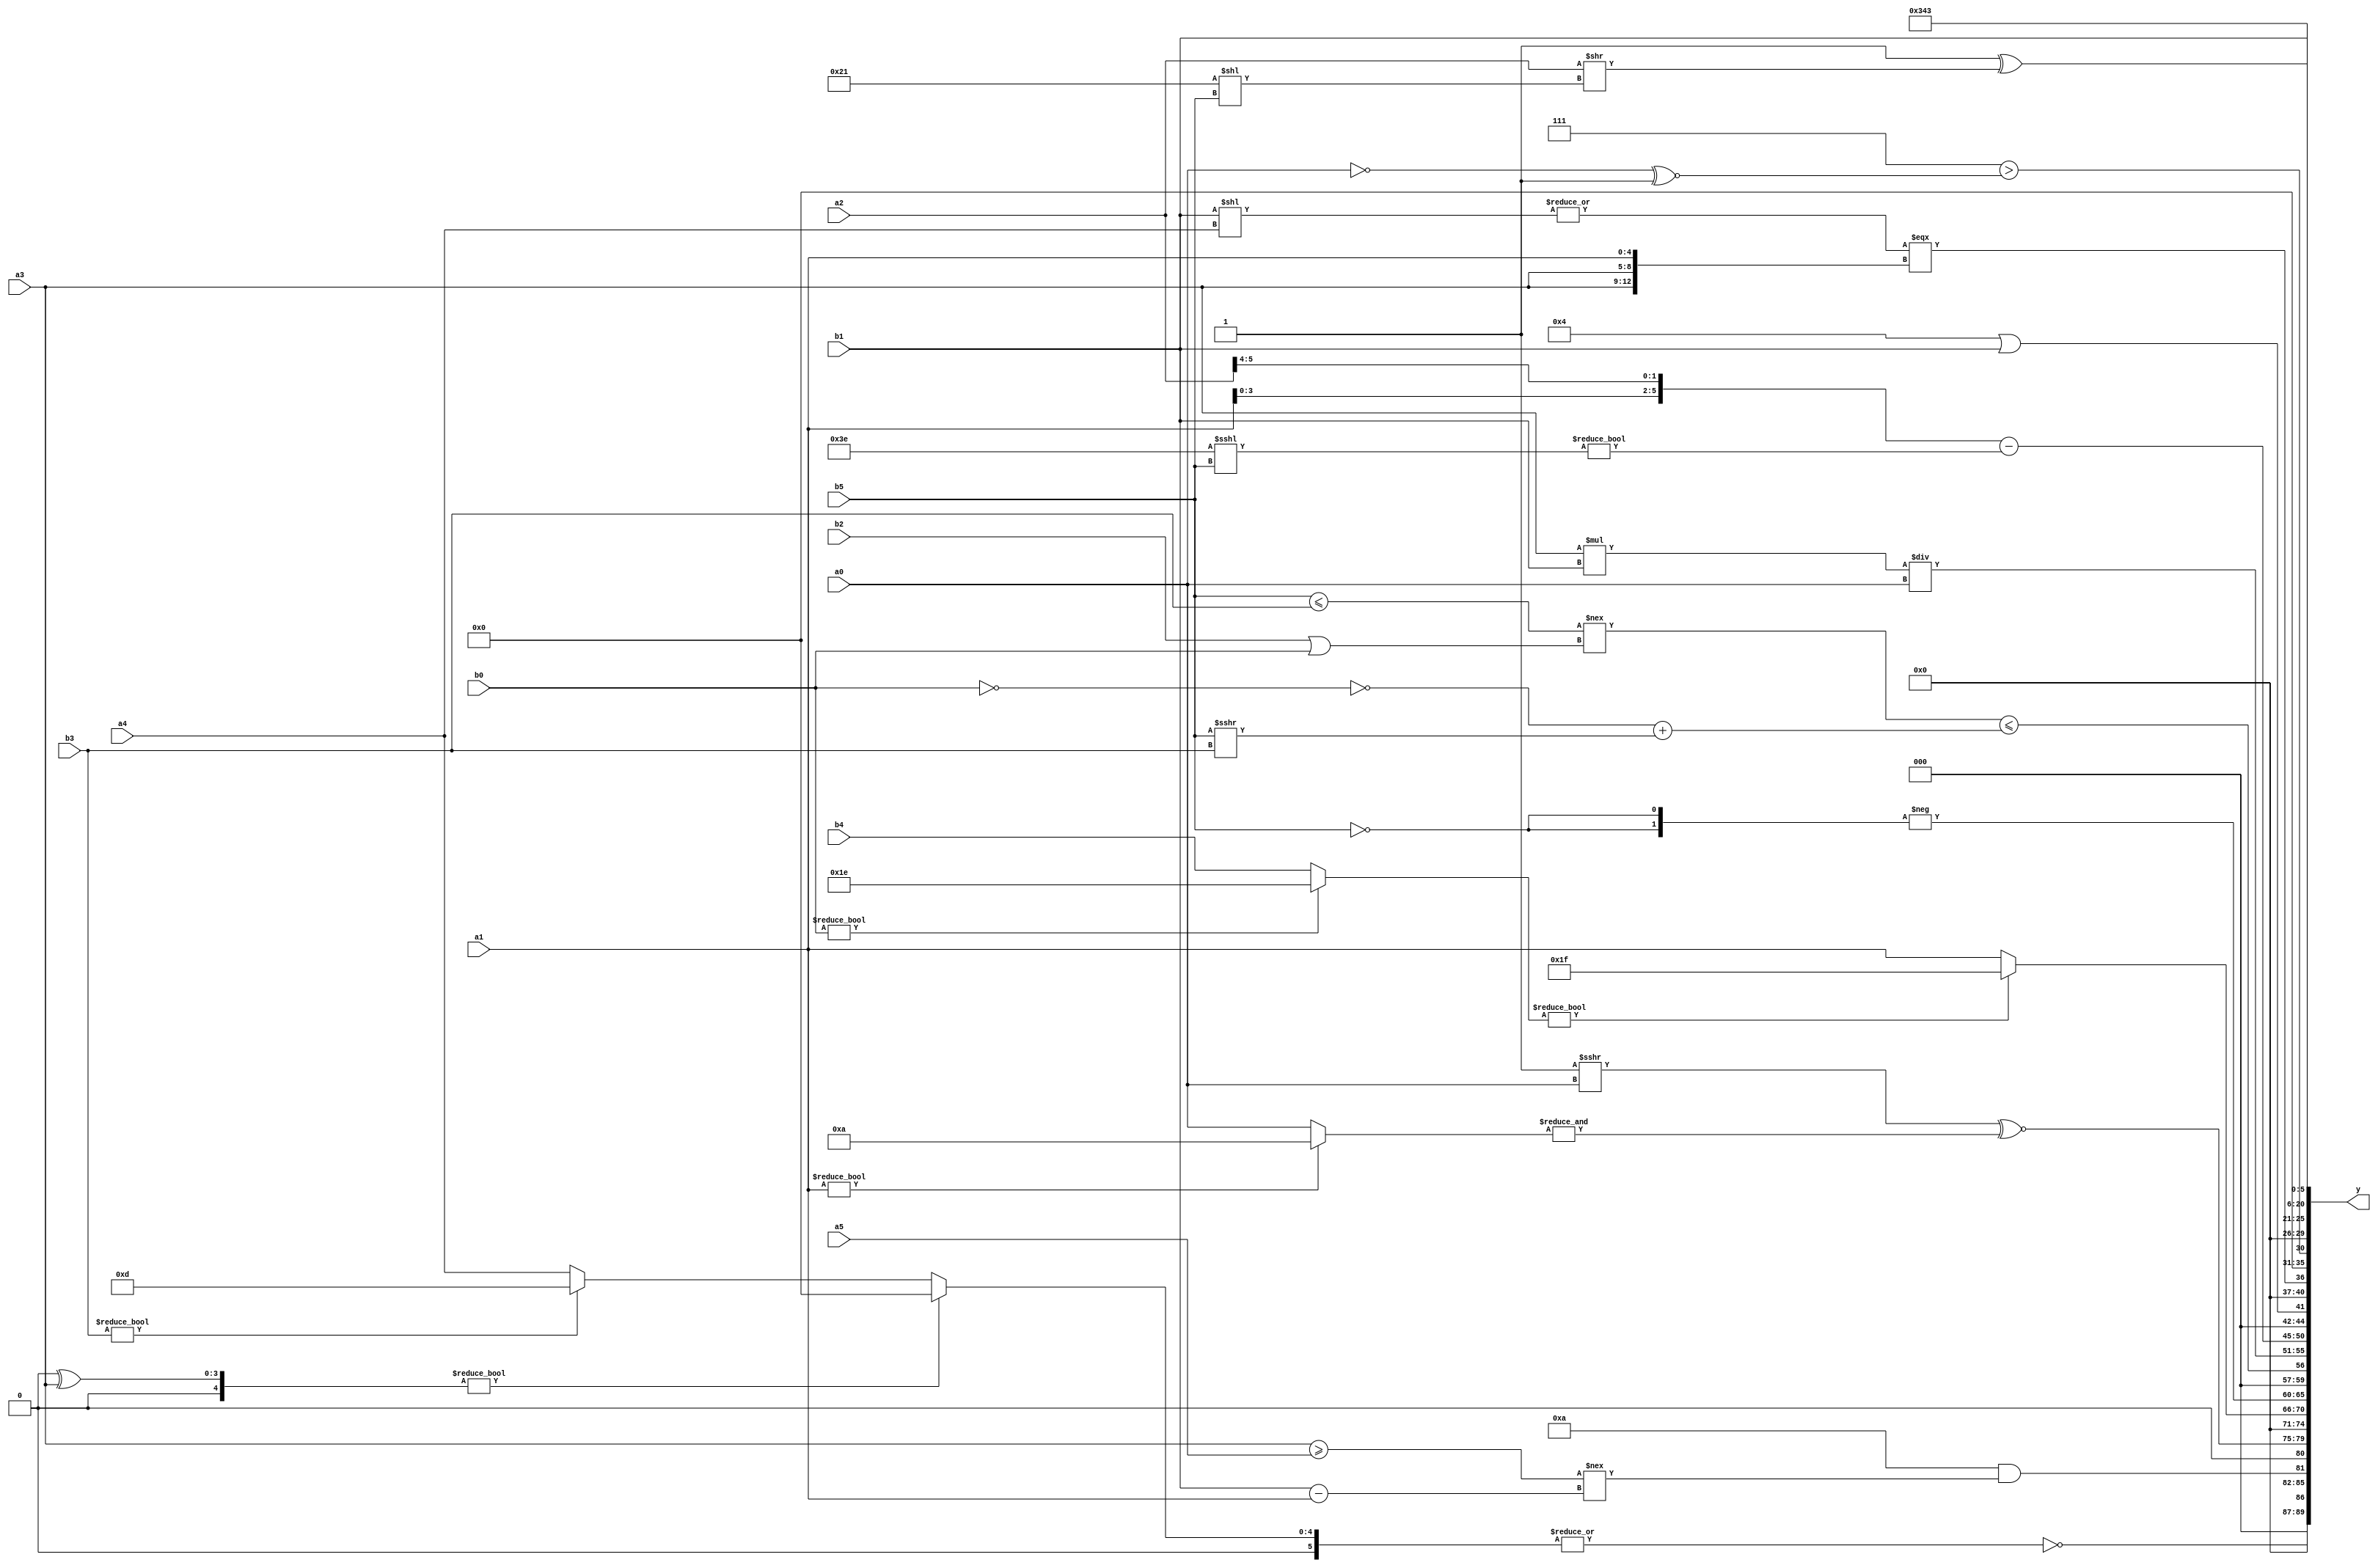
module expression_00451(a0, a1, a2, a3, a4, a5, b0, b1, b2, b3, b4, b5, y);
  input [3:0] a0;
  input [4:0] a1;
  input [5:0] a2;
  input signed [3:0] a3;
  input signed [4:0] a4;
  input signed [5:0] a5;

  input [3:0] b0;
  input [4:0] b1;
  input [5:0] b2;
  input signed [3:0] b3;
  input signed [4:0] b4;
  input signed [5:0] b5;

  wire [3:0] y0;
  wire [4:0] y1;
  wire [5:0] y2;
  wire signed [3:0] y3;
  wire signed [4:0] y4;
  wire signed [5:0] y5;
  wire [3:0] y6;
  wire [4:0] y7;
  wire [5:0] y8;
  wire signed [3:0] y9;
  wire signed [4:0] y10;
  wire signed [5:0] y11;
  wire [3:0] y12;
  wire [4:0] y13;
  wire [5:0] y14;
  wire signed [3:0] y15;
  wire signed [4:0] y16;
  wire signed [5:0] y17;

  output [89:0] y;
  assign y = {y0,y1,y2,y3,y4,y5,y6,y7,y8,y9,y10,y11,y12,y13,y14,y15,y16,y17};

  localparam [3:0] p0 = {1{(((-5'sd1)?(4'd9):(3'd0))?{1{((-3'sd0)?(2'd1):(3'sd1))}}:(((3'sd0)==(3'd2))===((-2'sd0)?(4'd10):(5'sd0))))}};
  localparam [4:0] p1 = ((|((3'sd1)?(-2'sd1):(3'sd3)))!=={(-3'sd3),(2'd0)});
  localparam [5:0] p2 = {{((6'd2 * (5'd8))>>>((3'sd3)||(3'sd3)))},(({(2'd3)}!=={2{(4'd14)}})==({(4'd8),(2'd3),(-4'sd0)}^{4{(4'd9)}}))};
  localparam signed [3:0] p3 = (-5'sd12);
  localparam signed [4:0] p4 = (5'd10);
  localparam signed [5:0] p5 = (((5'sd3)?(5'd15):(3'd2))*((2'd3)|(4'd15)));
  localparam [3:0] p6 = (((3'd3)?(4'd11):(3'sd1))===((-4'sd0)?(2'd2):(2'd0)));
  localparam [4:0] p7 = (-((~^(&(!{4{(4'd10)}})))&&((5'sd11)&&(!(4'sd7)))));
  localparam [5:0] p8 = {{(2'd1),{(3'd6),(-2'sd1),(-3'sd3)},{(4'sd2)}},(-5'sd12)};
  localparam signed [3:0] p9 = ((~|(5'd31))&&{(4'd11),(4'sd1)});
  localparam signed [4:0] p10 = (~(~&{(~&{(-(-5'sd15))}),(!{(4'd1),(3'd6)})}));
  localparam signed [5:0] p11 = (~^{(((4'sd7)!=(-4'sd3))>>{(2'sd0),(4'd10),(3'd1)}),(((3'd3)|(-5'sd5))^~(-(4'd1)))});
  localparam [3:0] p12 = {{{(~^(4'd12)),((4'd4)==(4'd7)),(~(5'd18))}},(~^(~^(+{((5'd25)==(2'd3))})))};
  localparam [4:0] p13 = {1{{({1{(4'sd0)}}?{(4'sd1),(3'sd0)}:{(-3'sd0),(2'sd0)}),{{{(4'd3),(3'd3)},{3{(-3'sd3)}}}}}}};
  localparam [5:0] p14 = (-4'sd2);
  localparam signed [3:0] p15 = (+{(-(!(-4'sd7))),((-2'sd0)?(5'd31):(5'd6)),((4'd4)?(5'd26):(-2'sd0))});
  localparam signed [4:0] p16 = (-(^(+(-(+((~|(~&(4'd12)))%(3'd6)))))));
  localparam signed [5:0] p17 = (!{{3{({(-4'sd5),(5'sd12),(3'd5)}&{(5'd29),(4'd12)})}}});

  assign y0 = (~^(|(((-(|p7))^(p9?b1:a3))?((+(p1?p6:p15))&(p8?p15:p2)):((|p15)?(b3?p13:a4):(p6?p1:a2)))));
  assign y1 = (((p4-p16)-(p9&&p5))&&((a3>=a5)!==(b1-a1)));
  assign y2 = {(5'd29),({p9}?{a2}:{p3}),($unsigned((p1>>>a0))^~(&(a1?p15:a0)))};
  assign y3 = (~^(^(|(|(5'sd11)))));
  assign y4 = (({1{b0}}?{1{p10}}:{b4})?{3{(3'd7)}}:{{4{{a1}}}});
  assign y5 = (-{2{(!b5)}});
  assign y6 = (~|(~(($unsigned((b5<=b3))!==(b2|b0))<=$signed(((!(!b0))+$signed((b5>>>b3)))))));
  assign y7 = $unsigned(((a3*b1)/a0));
  assign y8 = (({a1,a2}>>>{p3})-((p16==p8)!=(p14<<<b5)));
  assign y9 = (p3||b1);
  assign y10 = (|{((|(b1<<a4))==={a3,a3,a1})});
  assign y11 = (((5'sd7))>((~a0)^~(2'sd1)));
  assign y12 = (p1<=p17);
  assign y13 = {1{{4{{2{b1}}}}}};
  assign y14 = $signed((2'sd1));
  assign y15 = {2{(-4'sd6)}};
  assign y16 = {(4'sd3)};
  assign y17 = ((((p9||p11))^((a2>>>p17)>>(p5<<b5)))>>(($unsigned((p9^~p15))<=(4'd2 * p12))));
endmodule